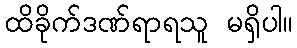
ထိခိုက်ဒဏ်ရာရသူ မရှိပါ။